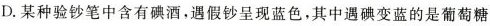
D.某种验钞笔中含有碘酒，遇假钞呈现蓝色，其中遇碘变蓝的是葡萄糖